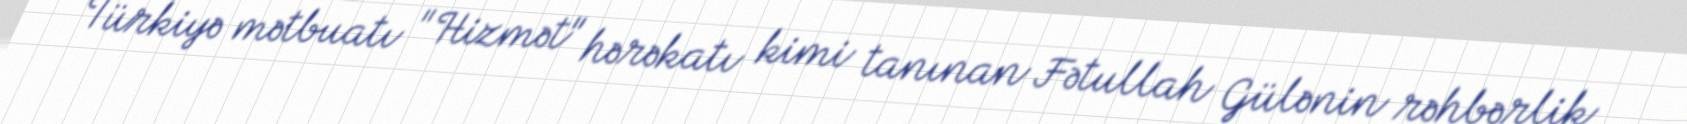
Türkiyə mətbuatı "Hizmət" hərəkatı kimi tanınan Fətullah Gülənin rəhbərlik